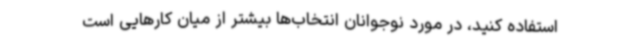
استفاده کنید، در مورد نوجوانان انتخاب‌ها بیشتر از میان کارهایی است